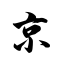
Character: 京